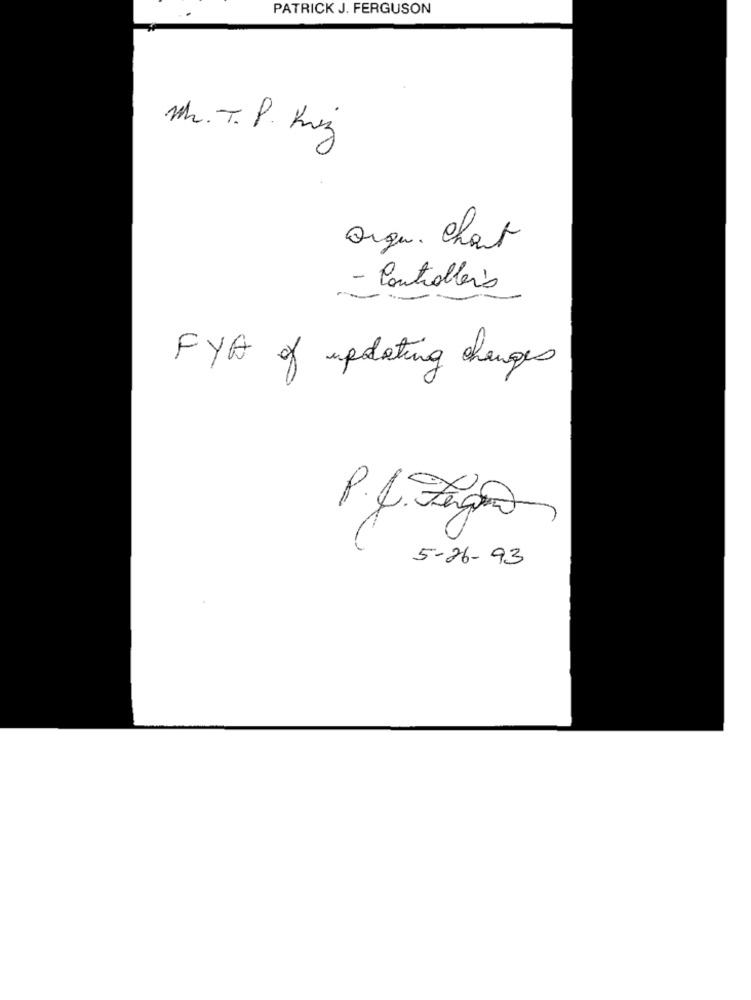
PATRICK J. FERGUSON
Mr. T. P. Kriz
orgu. Chart
- Controlleris
FYA of updating changes
P.f. Figo
5-26-93